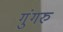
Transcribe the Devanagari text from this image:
गुंगरु